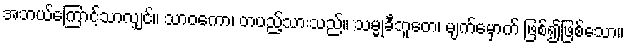
အဘယ်ကြောင့်သာလျှင်။ သာဝကော၊ တပည့်သားသည်။ သမ္မုခီဘူတေ၊ မျက်မှောက် ဖြစ်၍ဖြစ်သော။